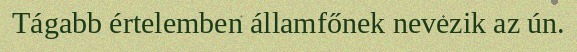
Tágabb értelemben államfőnek nevezik az ún.